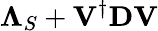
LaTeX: \mathbf{\Lambda}_{S}+\textbf{V}^{\dagger}\textbf{D}\textbf{V}